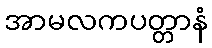
အာမလကပတ္တာနံ